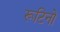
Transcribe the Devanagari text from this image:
रूटिनों